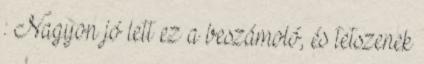
: Nagyon jó lett ez a beszámoló, és tetszenek